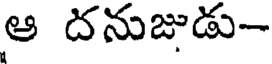
ఆ దనుజుడు-